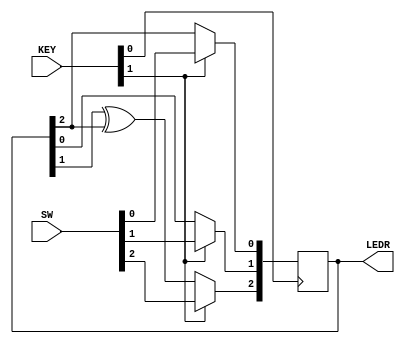
module top_module (
	input [2:0] SW,      // R
	input [1:0] KEY,     // L and clk
	output [2:0] LEDR);  // Q

    wire [2:0] d;
    assign d[0] = KEY[1]?SW[0]:LEDR[2];
    assign d[1] = KEY[1]?SW[1]:LEDR[0];
    assign d[2] = KEY[1]?SW[2]:LEDR[1]^LEDR[2];
    
    always @(posedge KEY[0]) begin
        LEDR <= d;
    end

endmodule